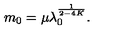
m _ { 0 } = \mu \lambda _ { 0 } ^ { \frac { 1 } { 2 - 4 K } } .